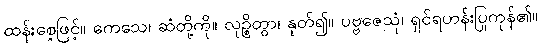
ထန်းစေ့ဖြင့်။ ကေသေ၊ ဆံတို့ကို။ လုဉ္စိတွာ၊ နုတ်၍။ ပဗ္ဗဇေသုံ၊ ရှင်ရဟန်းပြုကုန်၏။